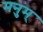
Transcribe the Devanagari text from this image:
मनुम्‌